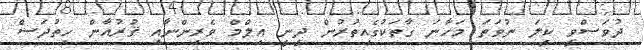
ދުވަސްވީ ކީލަ ނުވަތަ މަހާނަ ގާތަކުގެއިތުރުން ދީނީ އިލްމް ވެރިންނާއި ޤުރުއާން ހިތުދަސް